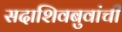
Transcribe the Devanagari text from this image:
सदाशिवबुवांची